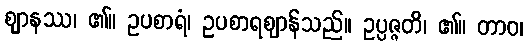
ဈာနဿ၊ ၏။ ဥပစာရံ၊ ဥပစာရဈာန်သည်။ ဥပ္ပဇ္ဇတိ၊ ၏။ တာဝ၊